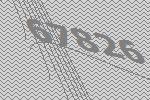
67826